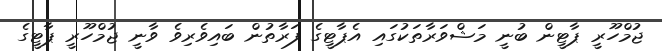
ޖުމްހޫރީ ޕާޓީން ބުނީ މަޝްވަރާތަކުގައި އެޕާޓީގެ ފަރާތުން ބައިވެރިވެ ވާނީ ޖުމްހޫރީ ޕާޓީގެ